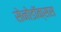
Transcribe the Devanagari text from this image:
सेनोडॉक्सस